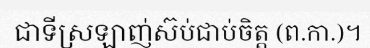
ជាទីស្រឡាញ់ស៊ប់ជាប់ចិត្ត (ព.កា.)។